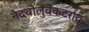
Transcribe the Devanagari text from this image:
नेदवोलुवेंकटराव